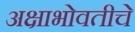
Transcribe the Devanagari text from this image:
अक्षाभोवतीचे